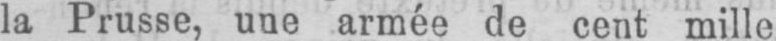
la Prusse, une armée de cent mille